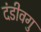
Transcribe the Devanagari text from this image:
दंडीवगु